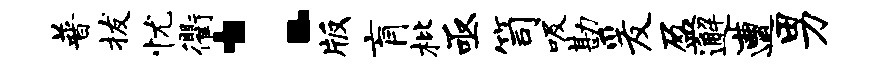
普拔忧衢：版肓枇亟笥吸勘爰盈邂遭男